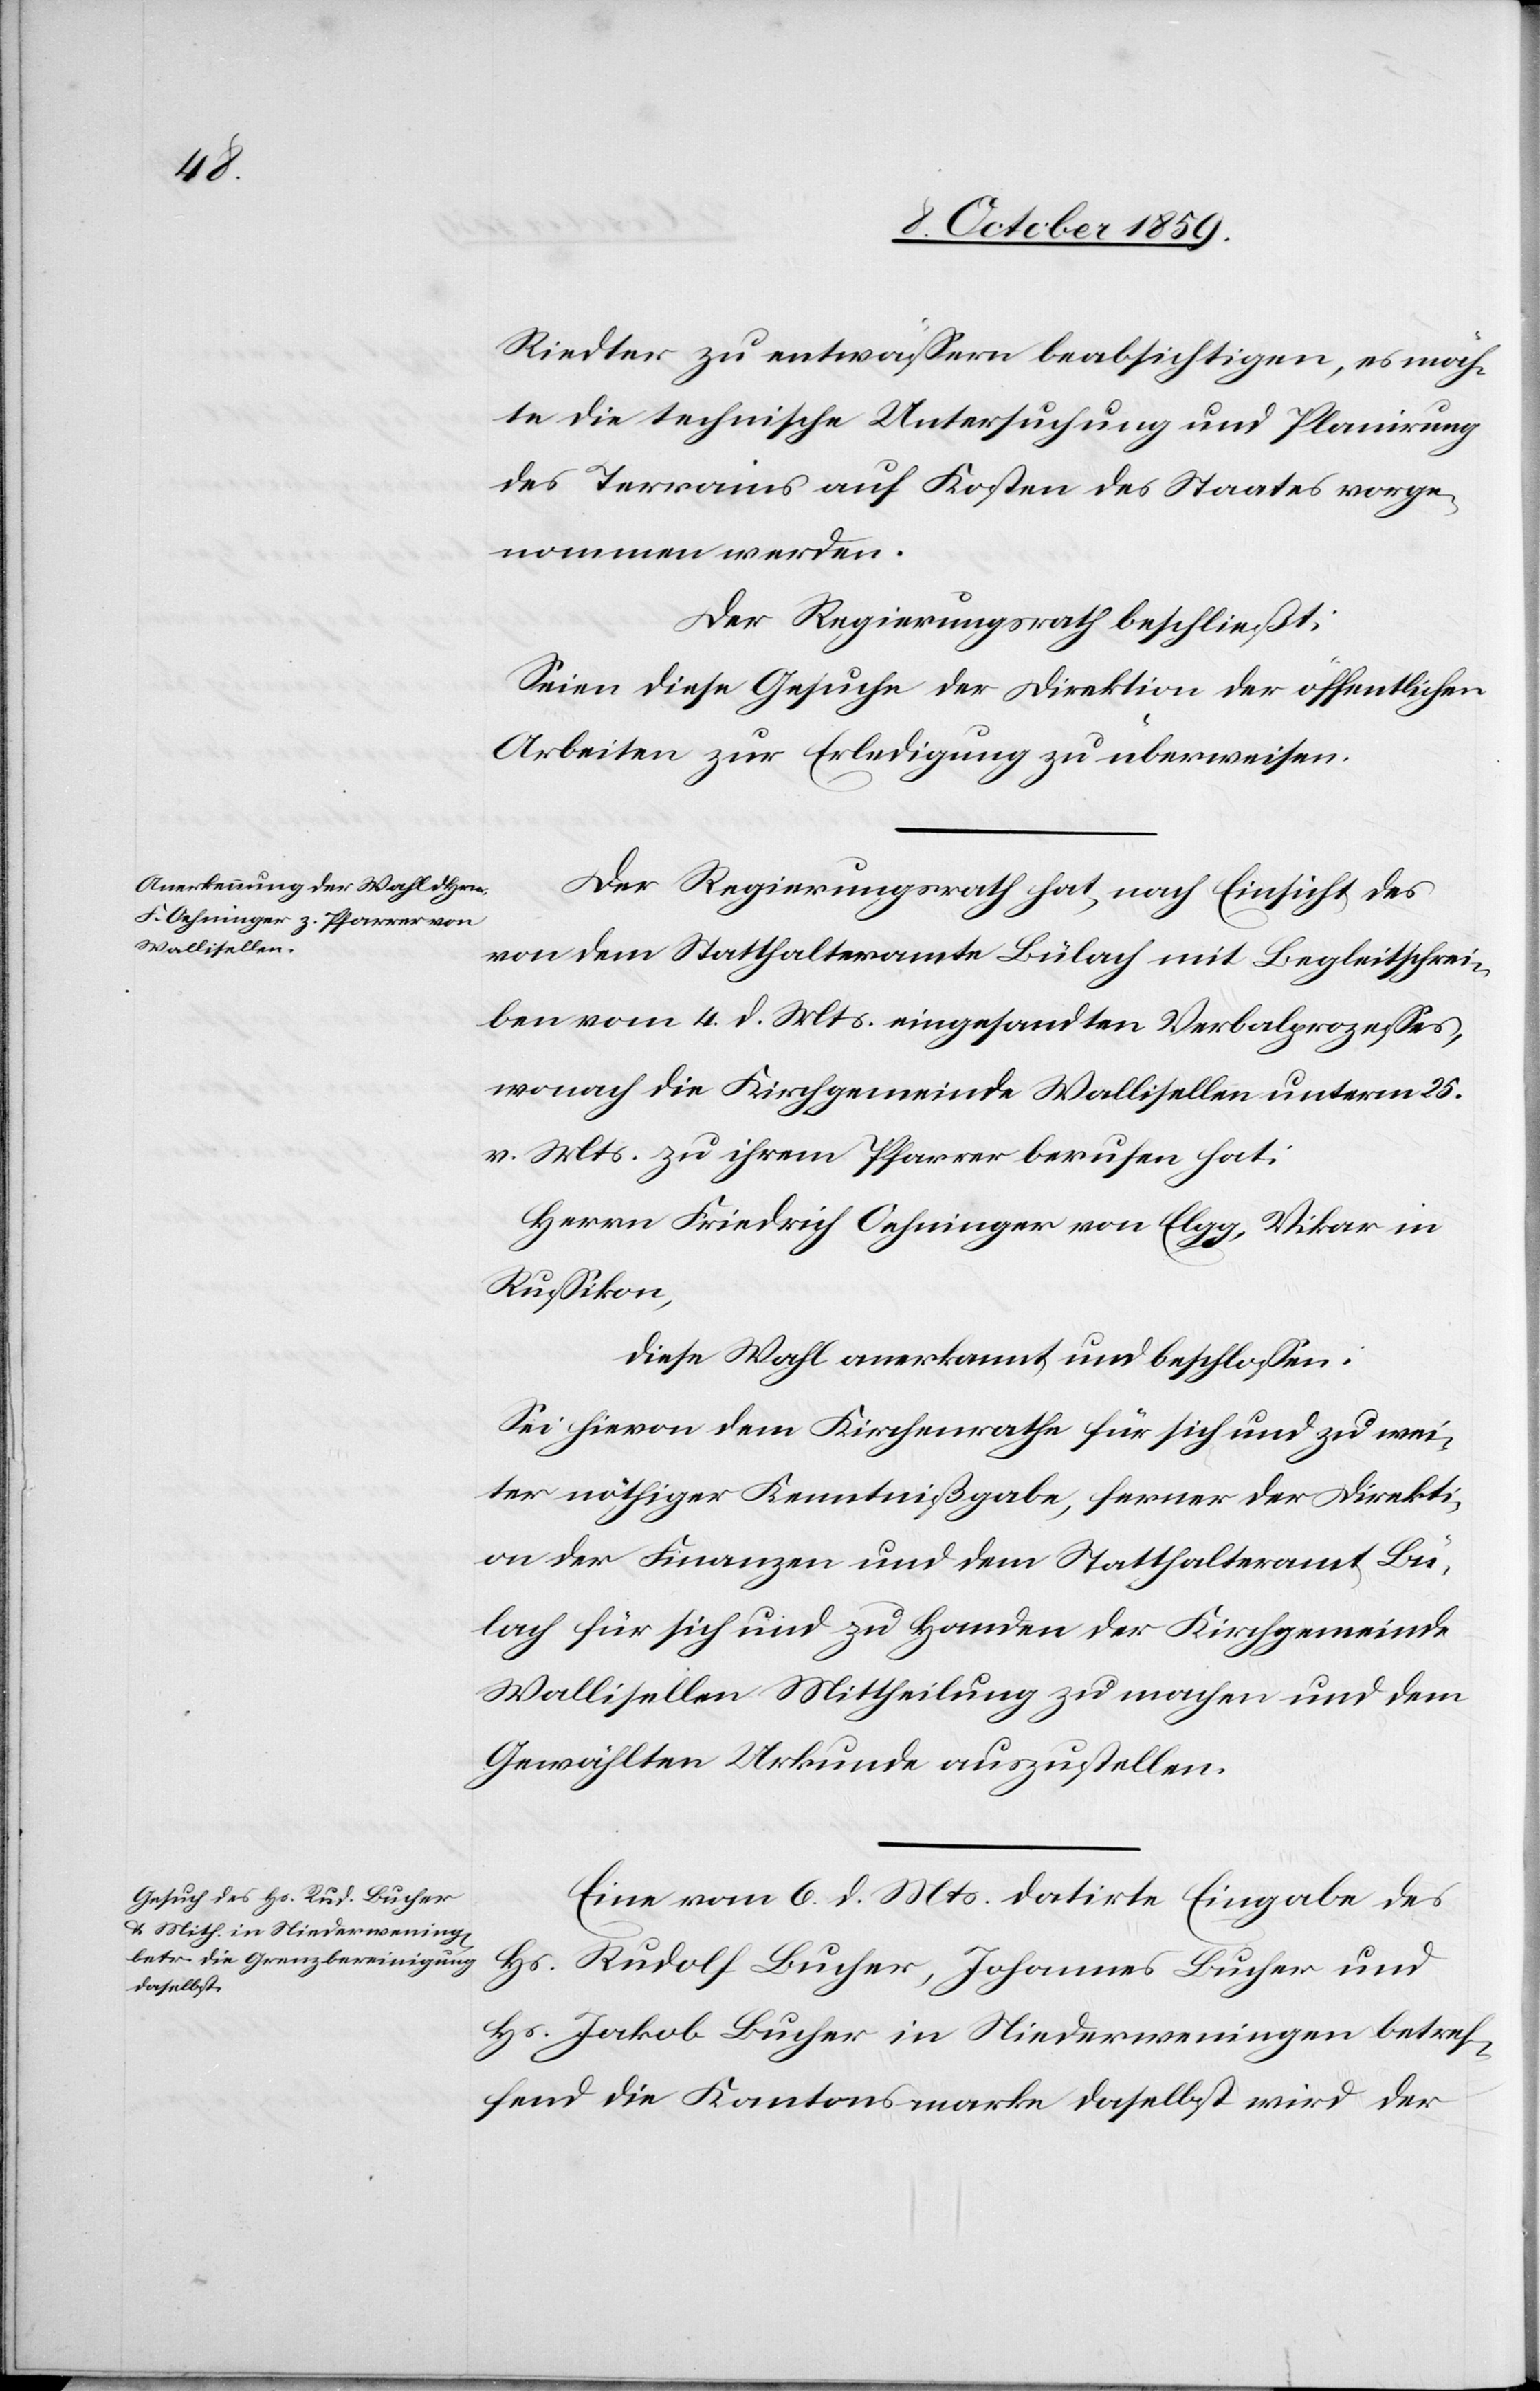
Riedter zu entwässern beabsichtigen, es möch¬
te die technische Untersuchung und Planirung
des Terrains auf Kosten des Staates vorge¬
nommen werden.
Der Regierungsrath beschließt:
Seien diese Gesuche der Direktion der öffentlichen
Arbeiten zur Erledigung zu überweisen.
Der Regierungsrath hat, nach Einsicht des
von dem Statthalteramte Bülach mit Begleitschrei¬
ben vom 4. d. Mts. eingesandten Verbalprozesses,
wonach die Kirchgemeinde Wallisellen unterm 25.
v. Mts. zu ihrem Pfarrer berufen hat:
Herrn Friedrich Oehninger von Elgg, Vikar in
Russikon,
diese Wahl anerkannt und beschlossen:
Sei hievon dem Kirchenrathe für sich und zu wei¬
ter nöthiger Kenntnißgabe, ferner der Direkti¬
on der Finanzen und dem Statthalteramt Bü¬
lach für sich und zu Handen der Kirchgemeinde
Wallisellen Mittheilung zu machen und dem
Gewählten Urkunde auszustellen.
Eine vom 6. d. Mts. datirte Eingabe des
Hr. Rudolf Bucher, Johannes Bucher und
Hr. Jakob Bucher in Hinderweningen betref¬
fend die Kantonsmarke daselbst wird der